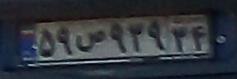
۵۹ص۹۳۹۳۴